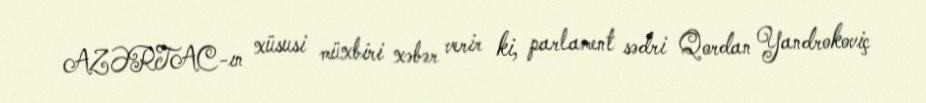
AZƏRTAC-ın xüsusi müxbiri xəbər verir ki, parlament sədri Qordan Yandrokoviç